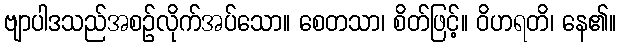
ဗျာပါဒသည်အစဉ်လိုက်အပ်သော။ စေတသာ၊ စိတ်ဖြင့်။ ဝိဟရတိ၊ နေ၏။